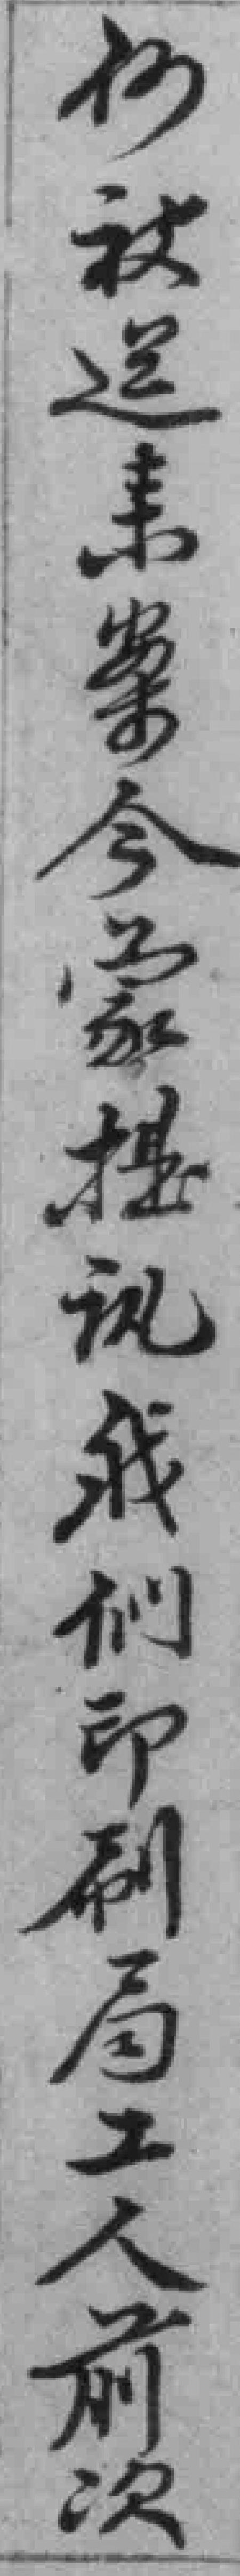
何被送來案今蒙提视我们印刷局工人前次